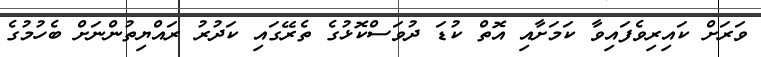
ވަރަށް ކައިރިވެފައިވާ ކަމަށާއި އޮތް ކުޑަ ދުވަސްކޮޅުގެ ތެރޭގައި ކަދުރު ރައްޔިތުންނަށް ބެހުމުގެ